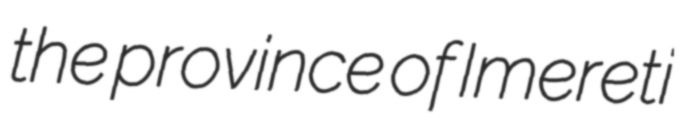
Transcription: the province of Imereti